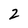
Character: 2